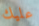
عليك